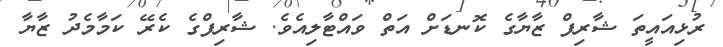
ރުޅިއައީތަ ޝާރިފް ޒާޔާގެ ކޮނޑަށް އަތް ވައްޓާލިއެވެ. ޝާރިފްގެ ކެރޭ ކަމާމެދު ޒާޔާ